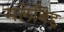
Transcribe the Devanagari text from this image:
मलेबिद्द